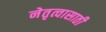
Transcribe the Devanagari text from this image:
नेतृत्वासाठी